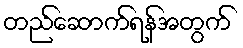
တည်ဆောက်ရန်အတွက်